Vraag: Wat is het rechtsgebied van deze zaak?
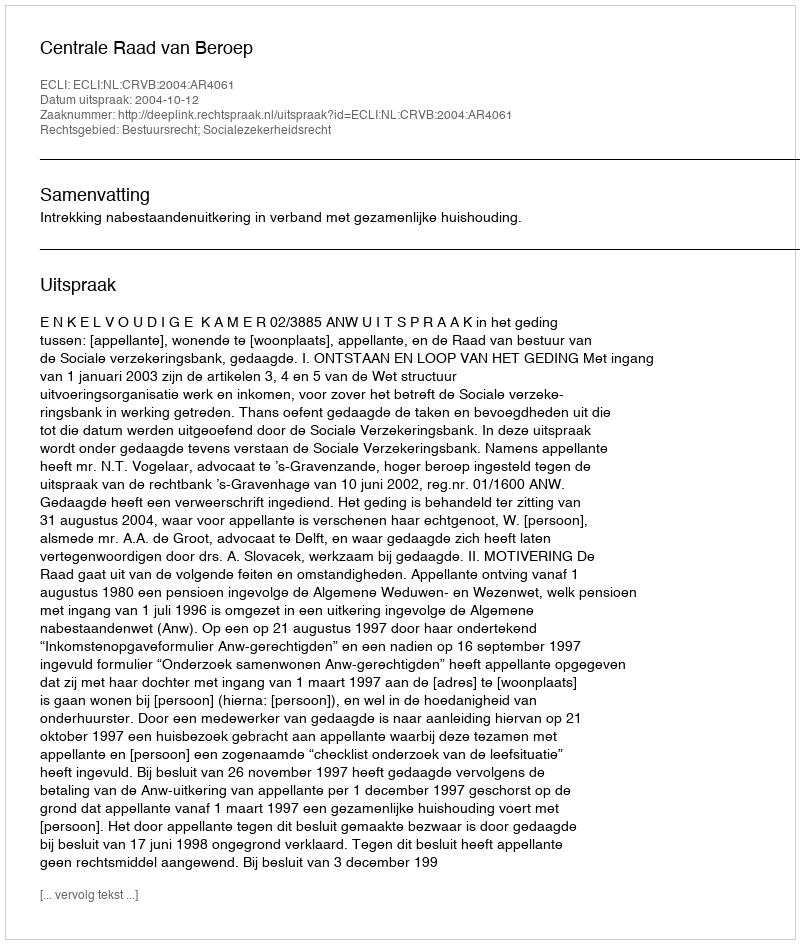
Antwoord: Bestuursrecht; Socialezekerheidsrecht